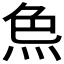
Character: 𤈖